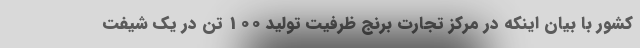
کشور با بیان اینکه در مرکز تجارت برنج ظرفیت تولید 100 تن در یک شیفت